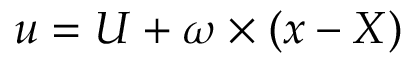
\boldsymbol { u } = \boldsymbol { U } + \boldsymbol { \omega } \times ( \boldsymbol { x } - \boldsymbol { X } )